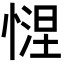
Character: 𢟗